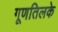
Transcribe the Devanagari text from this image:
गूणतिलके